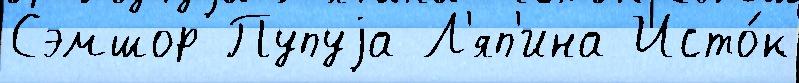
Сэмшор Пупуjа Л'яп'ина Исто́к